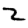
Digit: 2